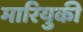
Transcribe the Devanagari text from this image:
मारियुकी